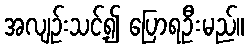
အလျဉ်းသင့်၍ ပြောရဦးမည်။